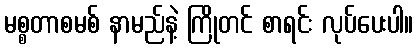
မစ္စတာစမစ် နာမည်နဲ့ ကြိုတင် စာရင်း လုပ်ပေးပါ။